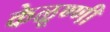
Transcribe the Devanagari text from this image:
केळूण्णी